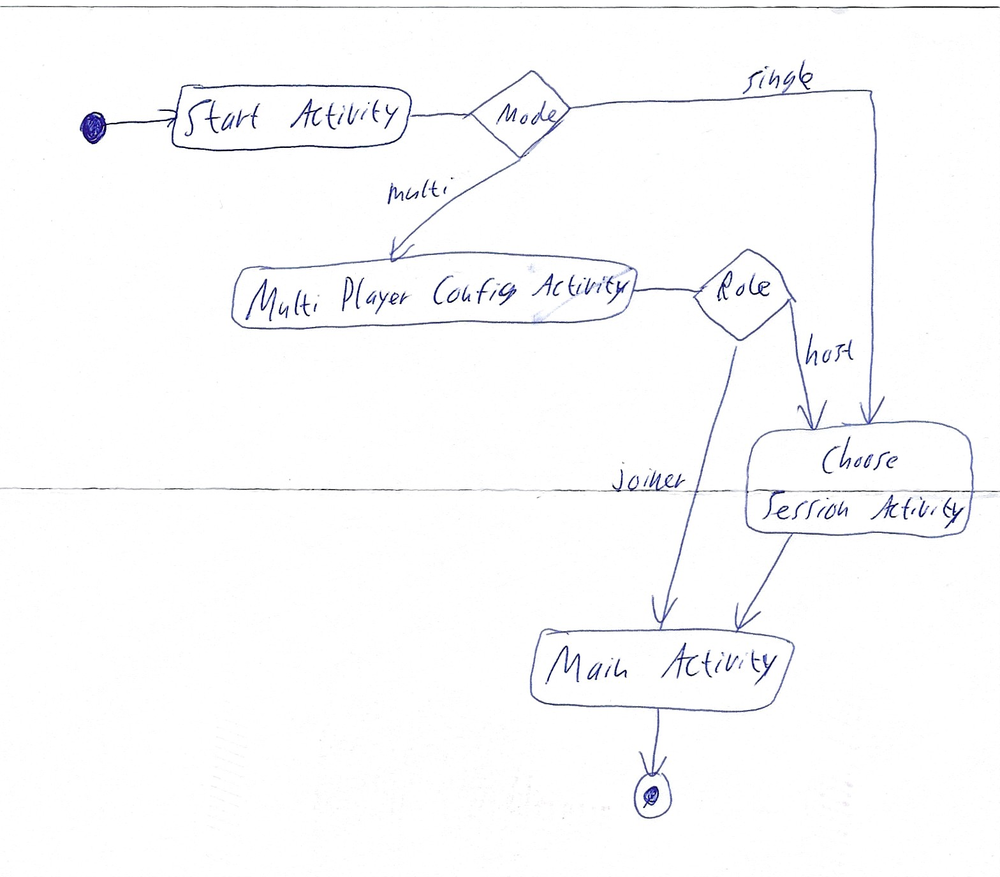
Diagram type: activity_diagram
```plantuml
@startuml

start

:Start Activity;

if (Mode) then (multi)
  :Multi Player Config Activity;
  if (Role) then (host)
    :Choose Session Activity;
  else (joiner)
  endif
else (single)
    :Choose Session Activity;
endif

:Main Activity;

stop

@enduml
```